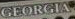
GEORGIA